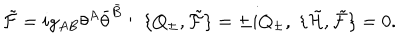
{ \tilde { \cal F } } = i g _ { A B } \theta ^ { A } { \bar { \theta } } ^ { \bar { B } } : \; \{ Q _ { \pm } , { \tilde { \cal F } } \} = \pm i Q _ { \pm } , \; \{ { \tilde { \cal H } } , { \tilde { \cal F } } \} = 0 .